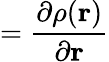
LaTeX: =\frac{\partial\rho(\mathbf{r})}{\partial\mathbf{r}}